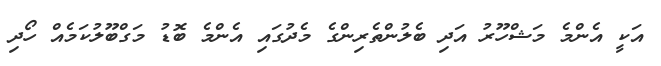
އަކީ އެންމެ މަޝްހޫރު އަދި ބެލުންތެރިންގެ މެދުގައި އެންމެ ބޮޑު މަގްބޫލުކަމެއް ހޯދި